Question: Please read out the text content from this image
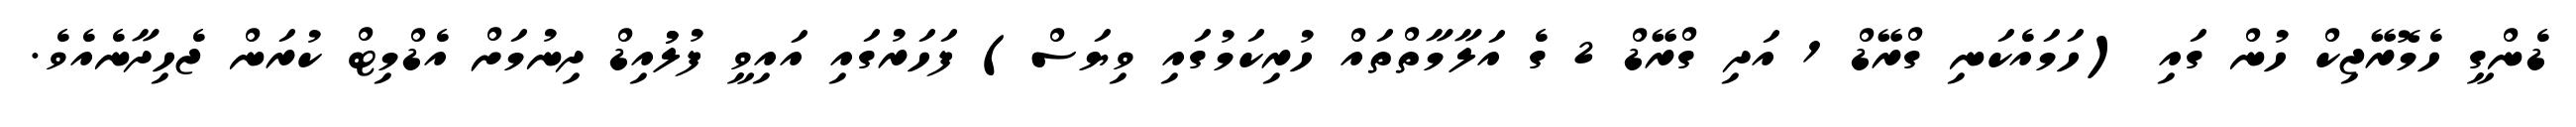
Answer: ޑެންގީ ހެމޮރޭޖިކް ހުން ގައި (ހަމައެކަނި ގްރޭޑް 1 އަދި ގްރޭޑް 2 ގެ އަލާމާތްތައް ހުރިކަމުގައި ވިޔަސް) ފަހަރުގައި އައިވީ ފުލުުއިޑް ދިނުމަށް އެޑްމިޓް ކުރަން ޖެހިދާނެއެވެ.